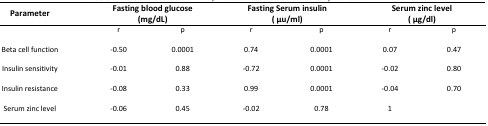
<table><thead><tr><td><b>Parameter</b></td><td colspan="2"><b>Fasting blood glucose(mg/dL)</b></td><td colspan="2"><b>Fasting Serum insulin( μu/ml)</b></td><td colspan="2"><b>Serum zinc level( μg/dl)</b></td></tr></thead><tbody><tr><td></td><td>r</td><td>p</td><td>r</td><td>p</td><td>r</td><td>p</td></tr><tr><td>Beta cell function</td><td>-0.50</td><td>0.0001</td><td>0.74</td><td>0.0001</td><td>0.07</td><td>0.47</td></tr><tr><td>Insulin sensitivity</td><td>-0.01</td><td>0.88</td><td>-0.72</td><td>0.0001</td><td>-0.02</td><td>0.80</td></tr><tr><td>Insulin resistance</td><td>-0.08</td><td>0.33</td><td>0.99</td><td>0.0001</td><td>-0.04</td><td>0.70</td></tr><tr><td>Serum zinc level</td><td>-0.06</td><td>0.45</td><td>-0.02</td><td>0.78</td><td>1</td><td></td></tr></tbody></table>